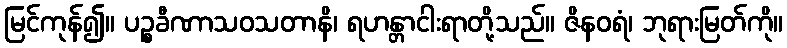
မြင်ကုန်၍။ ပဉ္စခီဏာသဝသတာနိ၊ ရဟန္တာငါးရာတို့သည်။ ဇိနဝရံ၊ ဘုရားမြတ်ကို။